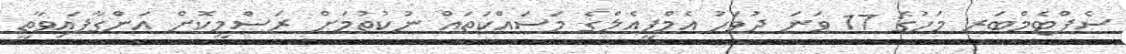
ސެޕްޓެމްބަރ މަހުގެ 17 ވަނަ ދުވަހު އެމްޕީއެލްގެ މަސައްކަތައް ނުކުތުމަށް ރަސްމީކޮށް އަންގާފައިވާތީ